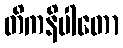
တိကနိပါတော